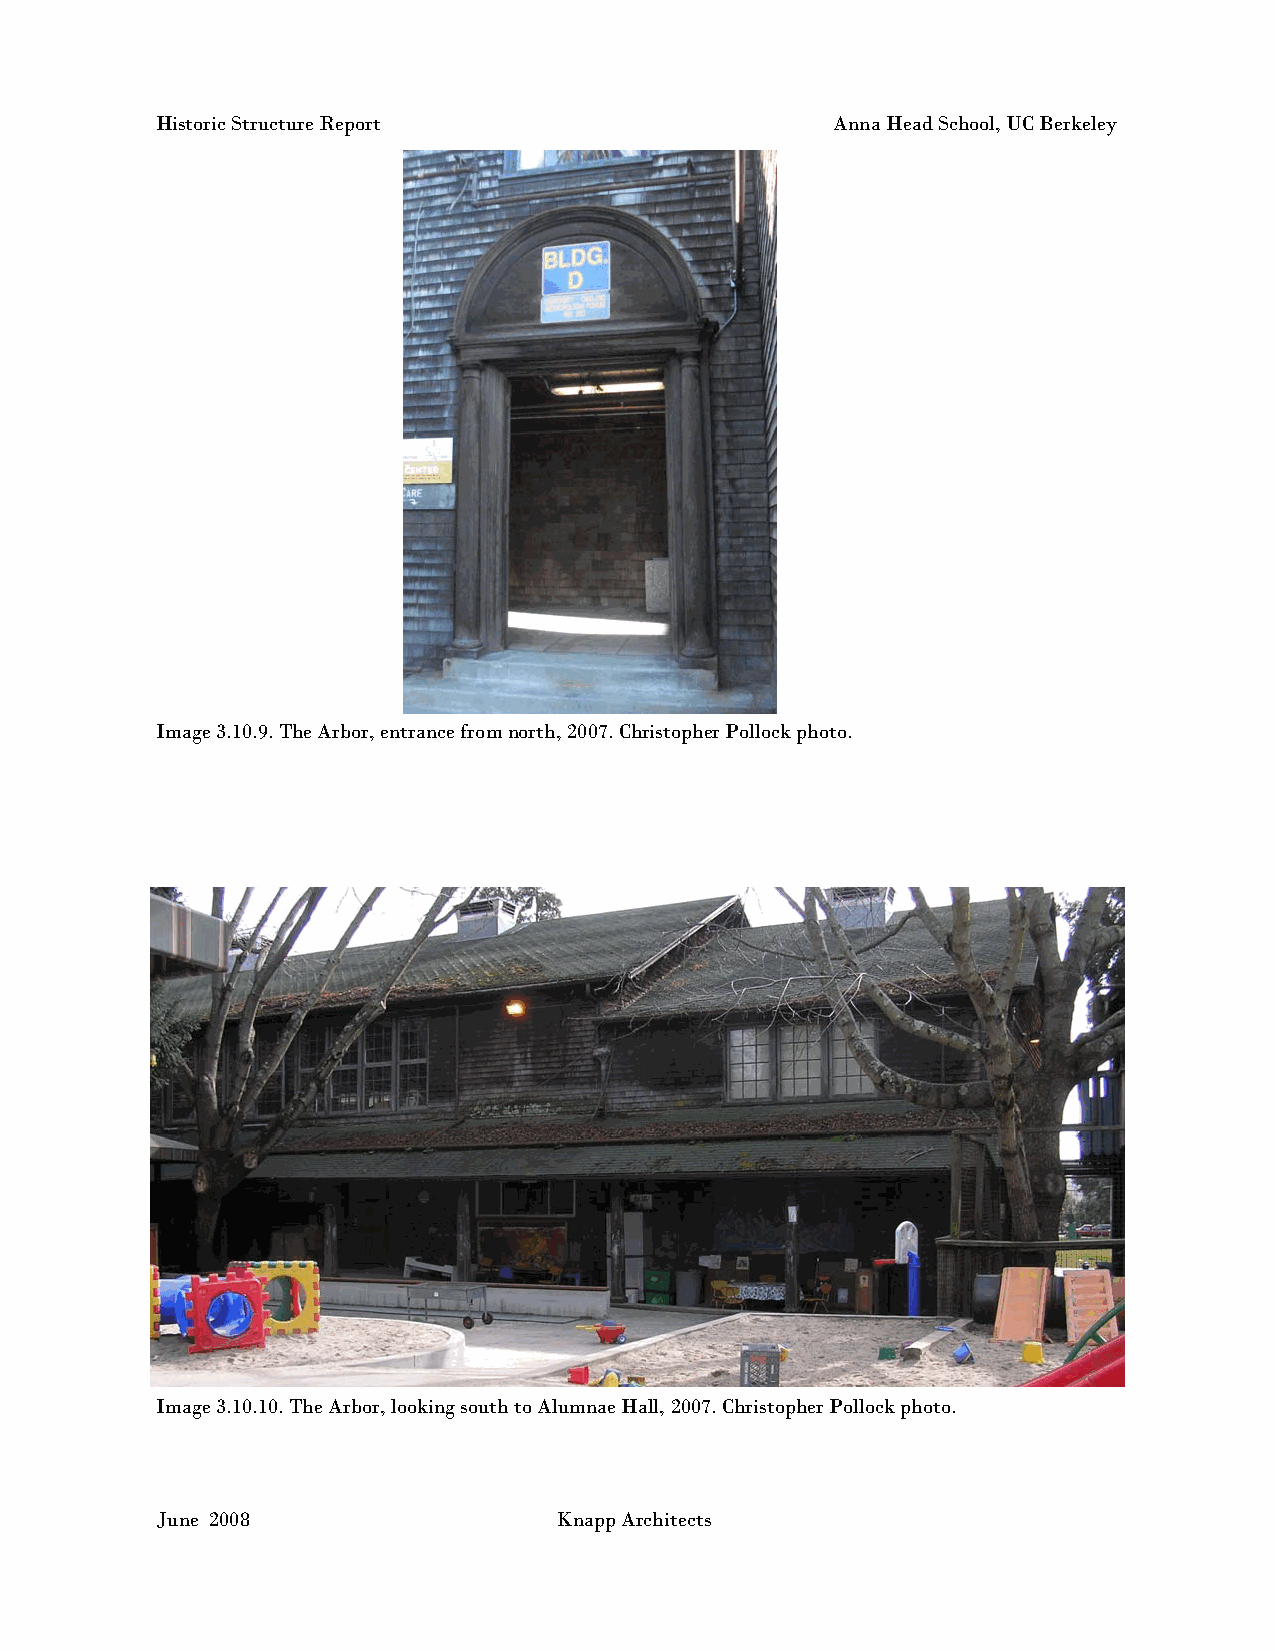
Historic Structure Report                    Anna Head School, UC Berkeley
 Image 3.10.9. The Arbor, entrance from north, 2007. Christopher Pollock photo.
 Image 3.10.10. The Arbor, looking south to Alumnae Hall, 2007. Christopher Pollock photo.
 June 2008                  Knapp Architects